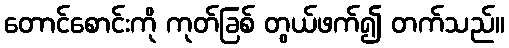
တောင်စောင်းကို ကုတ်ခြစ် တွယ်ဖက်၍ တက်သည်။